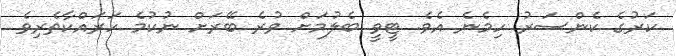
ކަރުގެ ކެންސަރު ހިމެނެ އެވެ. ޓީވީ ބެލުމަށް ވުރެ ބޭރަށް ނުކުމެ ހަރައްކާތެރިވެ